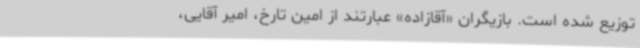
توزیع شده است. بازیگران «آقازاده» عبارتند از امین تارخ، امیر آقایی،